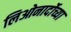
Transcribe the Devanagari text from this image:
लिओनार्दोच्या